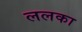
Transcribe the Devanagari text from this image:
ललका